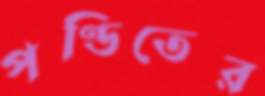
পণ্ডিতের